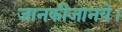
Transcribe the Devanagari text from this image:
जानकीजानये।